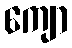
ကျော